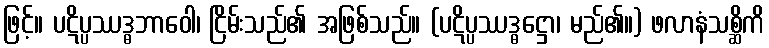
ဖြင့်။ ပဋိပ္ပဿဒ္ဓဘာဝေါ၊ ငြိမ်းသည်၏ အဖြစ်သည်။ (ပဋိပ္ပဿဒ္ဓဋ္ဌော၊ မည်၏။) ဖလာနံသစ္ဆိကိ